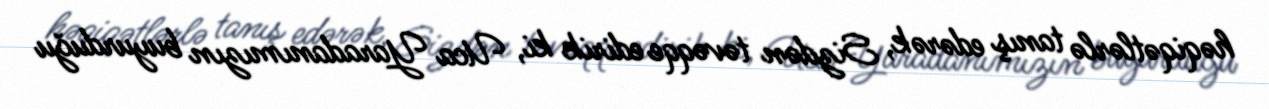
həqiqətlərlə tanış edərək, Sizdən təvəqqe edirik ki, Uca Yaradanımızın buyurduğu